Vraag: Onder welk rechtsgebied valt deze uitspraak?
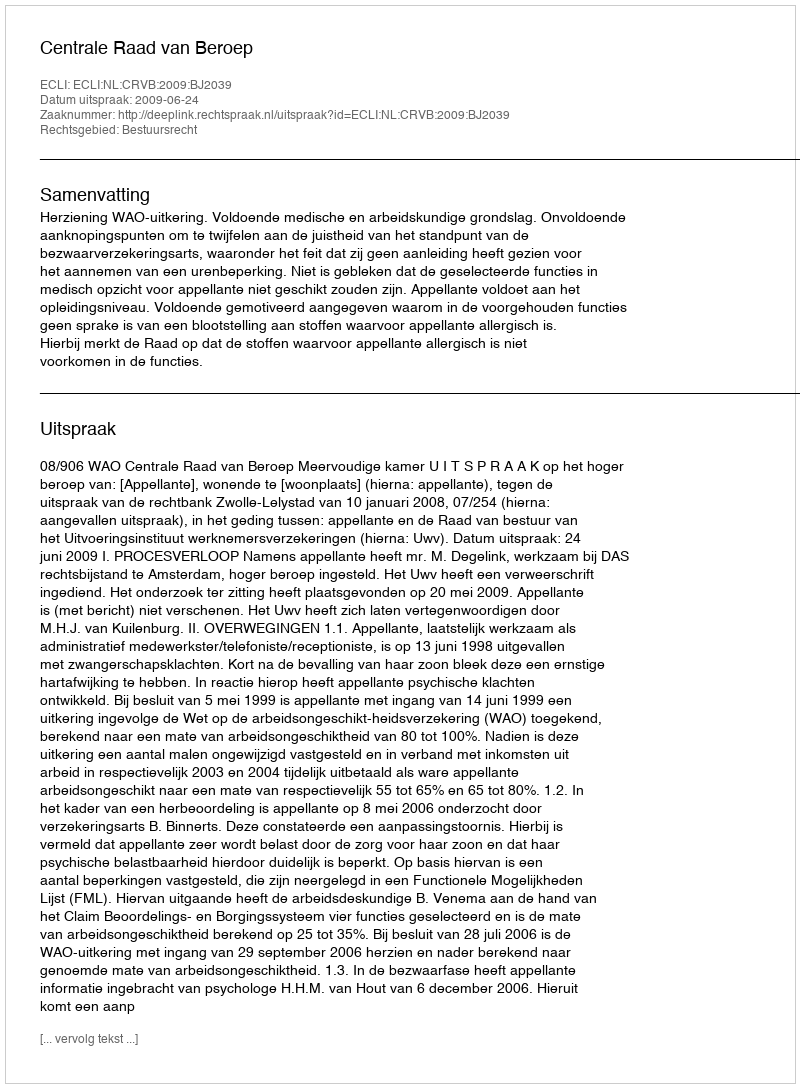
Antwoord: Bestuursrecht